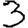
Digit: 3